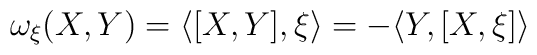
\omega_\xi(X,Y)=\langle[X,Y],\xi\rangle=-\langle Y,[X,\xi]\rangle